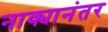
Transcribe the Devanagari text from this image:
नाक्यानंतर